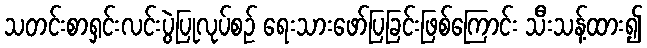
သတင်းစာရှင်းလင်းပွဲပြုလုပ်စဉ် ရေးသားဖော်ပြခြင်းဖြစ်ကြောင်း သီးသန့်ထား၍